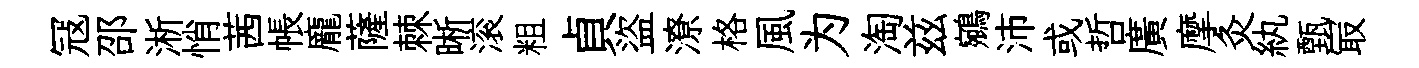
冦邵淅悄茜帳龐薩棘晰滚粗貞盜潦格風为淘兹鵷沛或哲廣摩灸紈甄冣